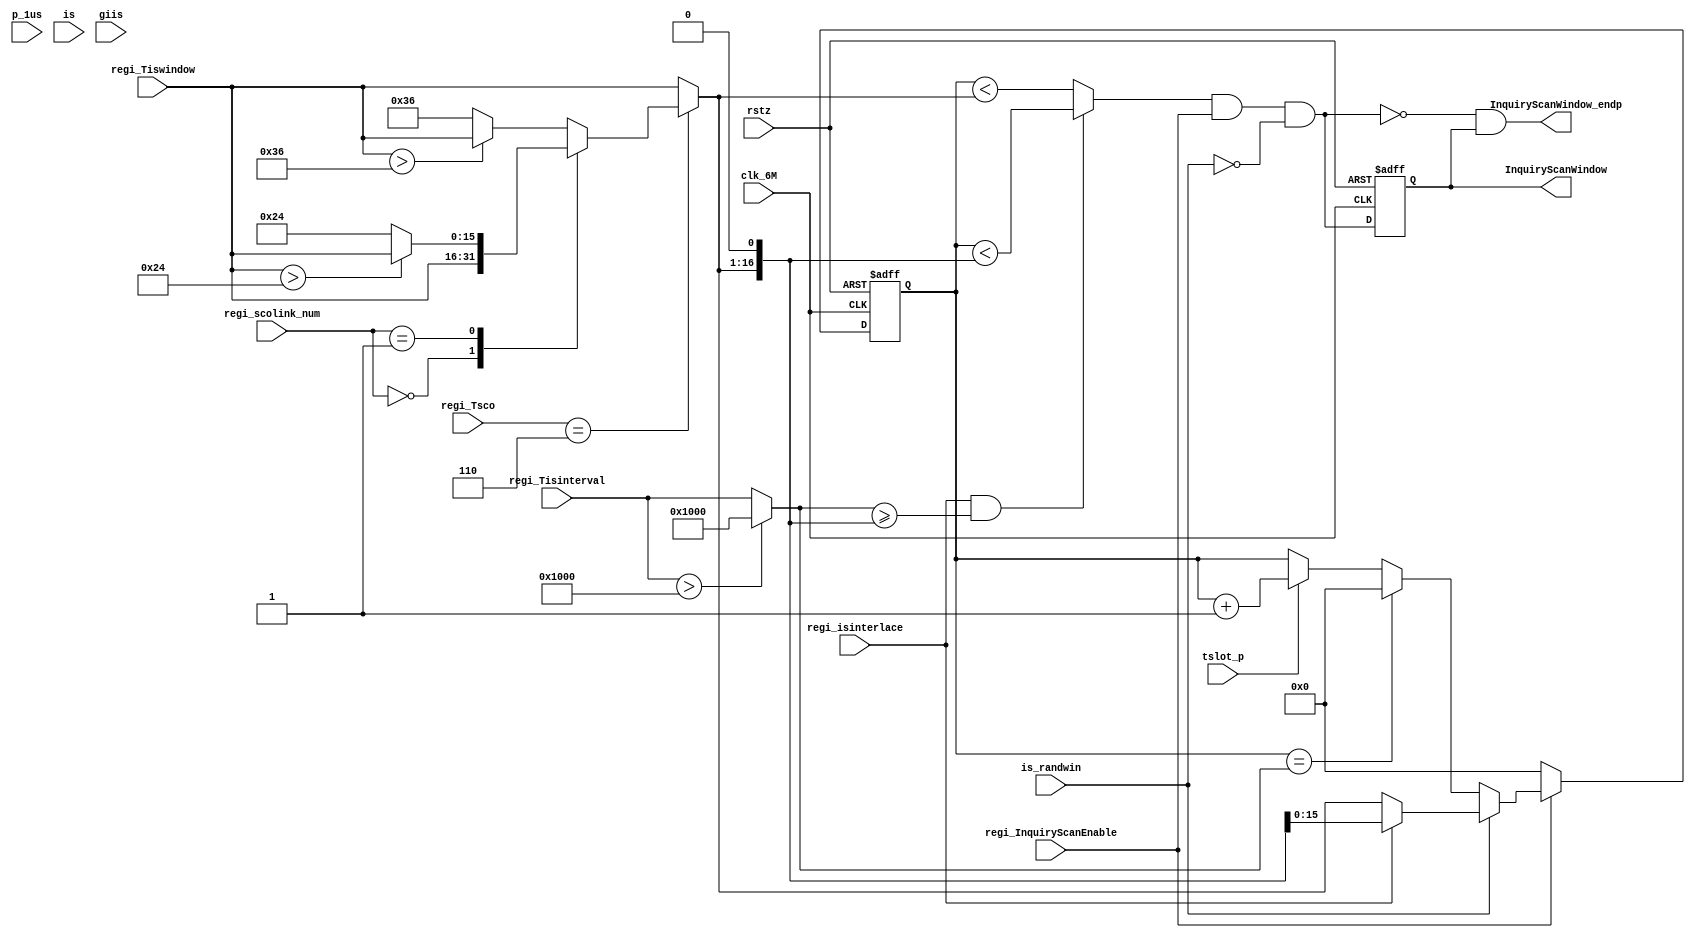
//
// 2019/05/18
// Link Controller : core5.1 Spec Chapter 8.4.1 Inquiry Scan substate
//

module is_ctrl(
clk_6M, rstz, tslot_p, p_1us,
is_randwin,
regi_Tsco,
regi_scolink_num,
regi_Tisinterval, regi_Tiswindow,
regi_isinterlace,
regi_InquiryScanEnable,
is, giis,
//
InquiryScanWindow,
InquiryScanWindow_endp
);

input clk_6M, rstz, tslot_p, p_1us;
input is_randwin;
input [2:0] regi_Tsco;
input [1:0] regi_scolink_num;
input [15:0] regi_Tisinterval, regi_Tiswindow;
input regi_isinterlace;
input regi_InquiryScanEnable;
input is, giis;
//
output InquiryScanWindow;
output InquiryScanWindow_endp;


wire [15:0] Tisinterval = regi_Tisinterval > 16'h1000 ? 16'h1000 : regi_Tisinterval;  // The inquiry scan interval shall be less than or equal to 2.56 s

reg [15:0] Tiswindow;
always @*
begin
  if (regi_Tsco==3'd6)
    begin
      case(regi_scolink_num)
        2'd0:
          begin
            Tiswindow = regi_Tiswindow;
          end
        2'd1:
          begin
            Tiswindow = regi_Tiswindow > 16'd36 ? regi_Tiswindow : 16'd36 ;
          end
        default: //2'd2:
          begin
            Tiswindow = regi_Tiswindow > 16'd54 ? regi_Tiswindow : 16'd54 ;
          end
      endcase
    end
  else
    Tiswindow = regi_Tiswindow;
end  

reg [15:0] pswindow_counter_tslot;
always @(posedge clk_6M or negedge rstz)
begin
  if (!rstz)
     pswindow_counter_tslot <= 0;
  else if (!regi_InquiryScanEnable)
     pswindow_counter_tslot <= 0;
  else if (is_randwin)
     pswindow_counter_tslot <= regi_isinterlace ? {Tiswindow,1'b0} : Tiswindow;
  else if (pswindow_counter_tslot==Tisinterval)
     pswindow_counter_tslot <= 0;
  else if (tslot_p)
     pswindow_counter_tslot <= pswindow_counter_tslot + 1'b1;
end

wire NorInquiryScanWindow = (pswindow_counter_tslot < Tiswindow);

wire InterInquiryScanWindow = (pswindow_counter_tslot < {Tiswindow,1'b0}) ;

assign InquiryScanWindow_raw =  regi_isinterlace & (Tisinterval >= {Tiswindow,1'b0}) ? InterInquiryScanWindow : NorInquiryScanWindow;

assign InquiryScanWindow_t = InquiryScanWindow_raw & regi_InquiryScanEnable & !is_randwin;  //(is | giis) ;
//

reg InquiryScanWindow_d1;
always @(posedge clk_6M or negedge rstz)
begin
  if (!rstz)
     InquiryScanWindow_d1 <= 0;
  else 
     InquiryScanWindow_d1 <= InquiryScanWindow_t;
end

assign InquiryScanWindow_endp = !InquiryScanWindow_t & InquiryScanWindow_d1;
assign InquiryScanWindow = InquiryScanWindow_d1;


endmodule